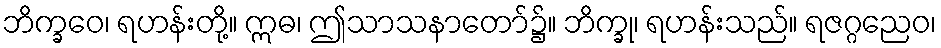
ဘိက္ခဝေ၊ ရဟန်းတို့။ ဣဓ၊ ဤသာသနာတော်၌။ ဘိက္ခု၊ ရဟန်းသည်။ ရဇဂ္ဂညေဝ၊